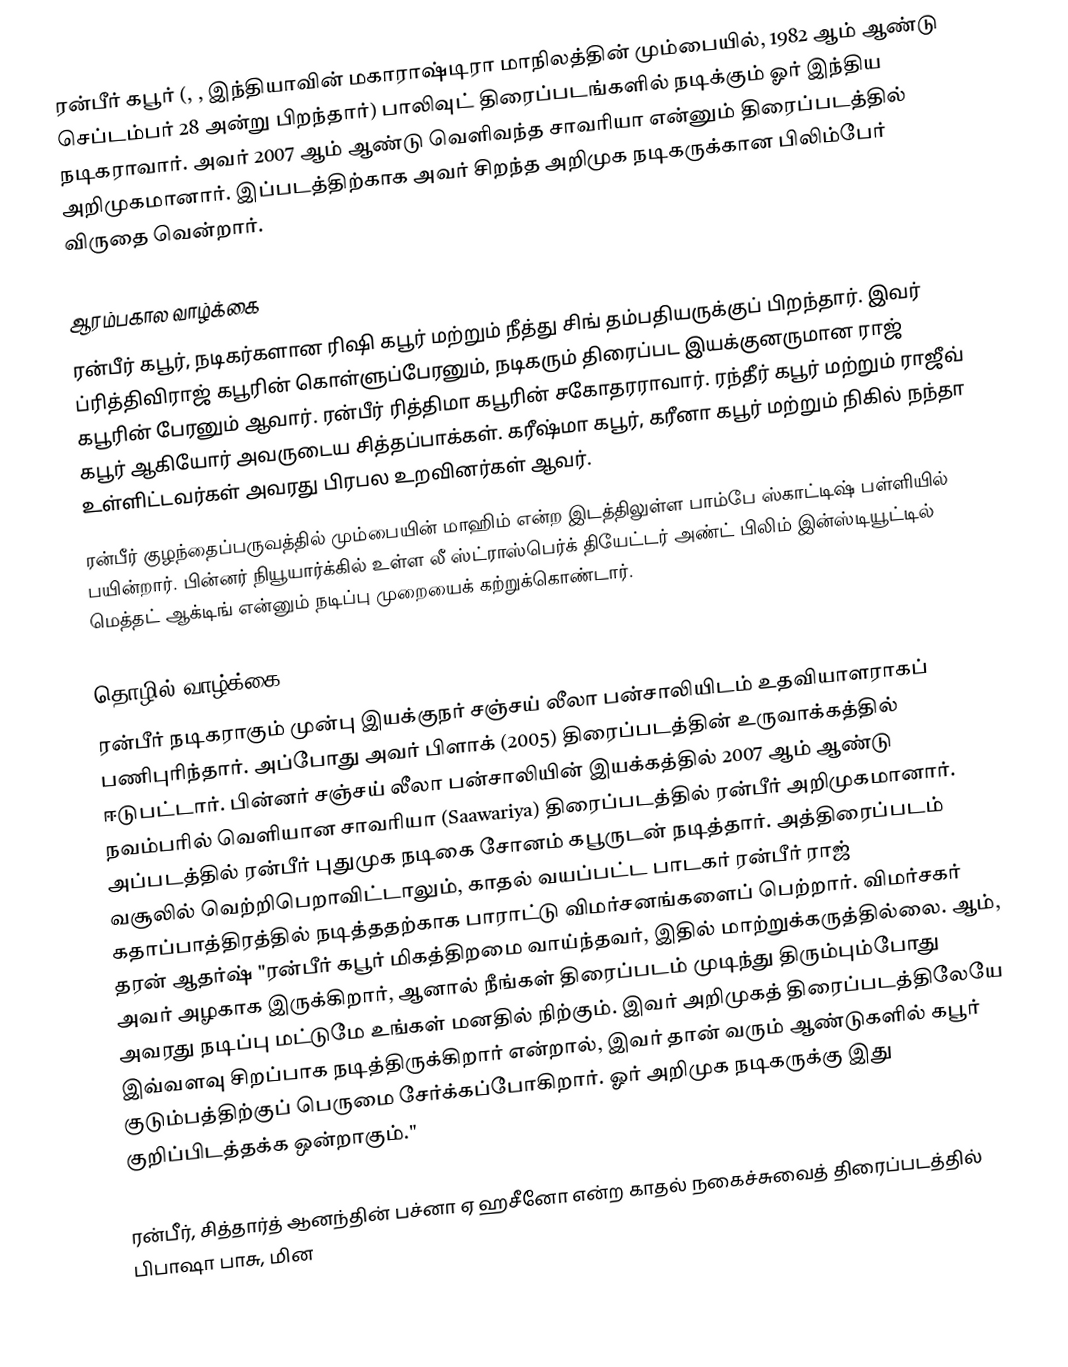
ரன்பீர் கபூர்  (, , இந்தியாவின் மகாராஷ்டிரா மாநிலத்தின் மும்பையில், 1982 ஆம் ஆண்டு செப்டம்பர் 28 அன்று பிறந்தார்) பாலிவுட் திரைப்படங்களில் நடிக்கும் ஓர் இந்திய நடிகராவார். அவர் 2007 ஆம் ஆண்டு வெளிவந்த சாவரியா என்னும் திரைப்படத்தில் அறிமுகமானார். இப்படத்திற்காக அவர் சிறந்த அறிமுக நடிகருக்கான பிலிம்பேர் விருதை வென்றார்.

ஆரம்பகால வாழ்க்கை
ரன்பீர் கபூர், நடிகர்களான ரிஷி கபூர் மற்றும் நீத்து சிங் தம்பதியருக்குப் பிறந்தார். இவர் ப்ரித்திவிராஜ் கபூரின் கொள்ளுப்பேரனும், நடிகரும் திரைப்பட இயக்குனருமான ராஜ் கபூரின் பேரனும் ஆவார். ரன்பீர் ரித்திமா கபூரின் சகோதரராவார். ரந்தீர் கபூர் மற்றும் ராஜீவ் கபூர் ஆகியோர் அவருடைய சித்தப்பாக்கள். கரீஷ்மா கபூர், கரீனா கபூர் மற்றும் நிகில் நந்தா உள்ளிட்டவர்கள் அவரது பிரபல உறவினர்கள் ஆவர்.
ரன்பீர் குழந்தைப்பருவத்தில் மும்பையின் மாஹிம் என்ற இடத்திலுள்ள பாம்பே ஸ்காட்டிஷ் பள்ளியில் பயின்றார். பின்னர் நியூயார்க்கில் உள்ள லீ ஸ்ட்ராஸ்பெர்க் தியேட்டர் அண்ட் பிலிம் இன்ஸ்டியூட்டில் மெத்தட் ஆக்டிங் என்னும் நடிப்பு முறையைக் கற்றுக்கொண்டார்.

தொழில் வாழ்க்கை
ரன்பீர் நடிகராகும் முன்பு இயக்குநர் சஞ்சய் லீலா பன்சாலியிடம் உதவியாளராகப் பணிபுரிந்தார். அப்போது அவர் பிளாக் (2005) திரைப்படத்தின் உருவாக்கத்தில் ஈடுபட்டார். பின்னர் சஞ்சய் லீலா பன்சாலியின் இயக்கத்தில் 2007 ஆம் ஆண்டு நவம்பரில் வெளியான சாவரியா (Saawariya) திரைப்படத்தில் ரன்பீர் அறிமுகமானார். அப்படத்தில் ரன்பீர் புதுமுக நடிகை சோனம் கபூருடன் நடித்தார். அத்திரைப்படம் வசூலில் வெற்றிபெறாவிட்டாலும், காதல் வயப்பட்ட பாடகர் ரன்பீர் ராஜ் கதாப்பாத்திரத்தில் நடித்ததற்காக பாராட்டு விமர்சனங்களைப் பெற்றார். விமர்சகர் தரன் ஆதர்ஷ் "ரன்பீர் கபூர் மிகத்திறமை வாய்ந்தவர், இதில் மாற்றுக்கருத்தில்லை. ஆம், அவர் அழகாக இருக்கிறார், ஆனால் நீங்கள் திரைப்படம் முடிந்து திரும்பும்போது அவரது நடிப்பு மட்டுமே உங்கள் மனதில் நிற்கும். இவர் அறிமுகத் திரைப்படத்திலேயே இவ்வளவு சிறப்பாக நடித்திருக்கிறார் என்றால், இவர் தான் வரும் ஆண்டுகளில் கபூர் குடும்பத்திற்குப் பெருமை சேர்க்கப்போகிறார். ஓர் அறிமுக நடிகருக்கு இது குறிப்பிடத்தக்க ஒன்றாகும்."

ரன்பீர், சித்தார்த் ஆனந்தின் பச்னா ஏ ஹசீனோ என்ற காதல் நகைச்சுவைத் திரைப்படத்தில் பிபாஷா பாசு, மின